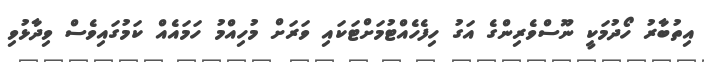
އިތުބާރު ހޯދުމަކީ ނޫސްވެރިންގެ އަގު ހިފެހެއްޓުމަށްޓަކައި ވަރަށް މުހިއްމު ހަމައެއް ކަމުގައިވެސް ވިދާޅުވި